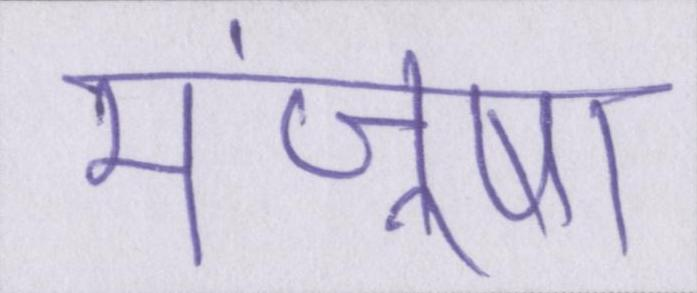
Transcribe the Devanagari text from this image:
मंजूषा